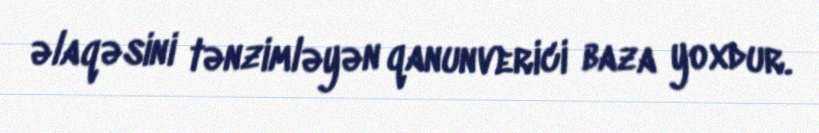
əlaqəsini tənzimləyən qanunverici baza yoxdur.